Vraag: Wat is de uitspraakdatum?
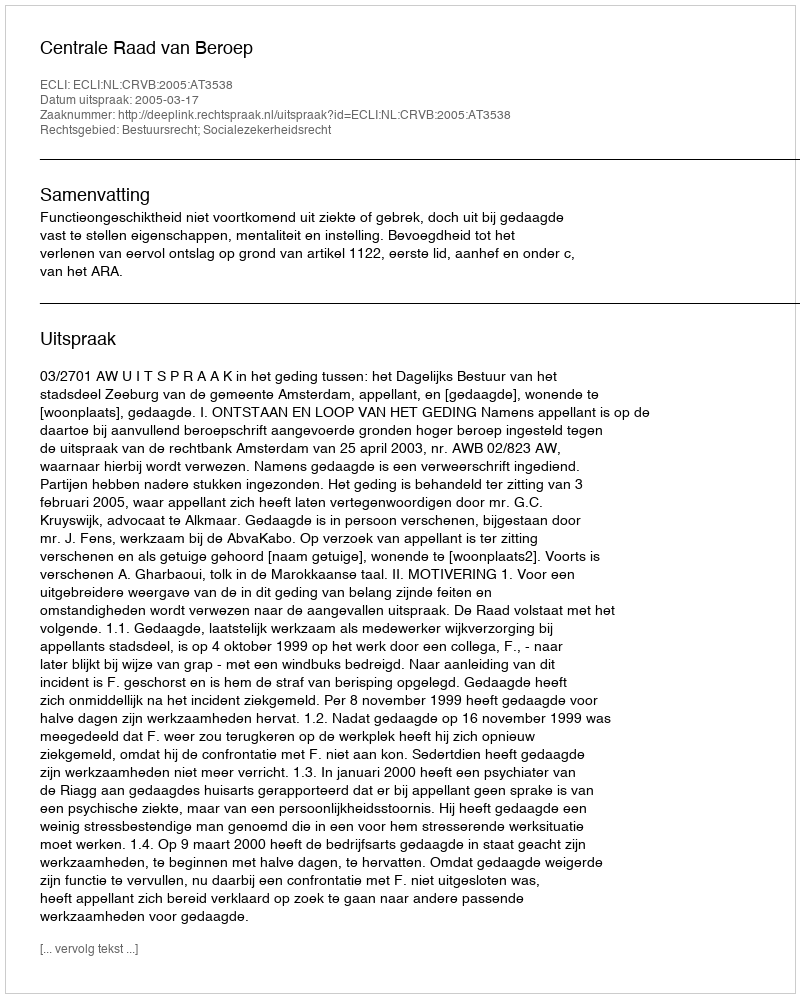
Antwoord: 2005-03-17